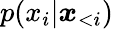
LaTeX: p(x_{i}|\boldsymbol x_{<i})